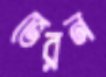
ভেরন